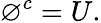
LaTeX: \varnothing^{c}=U.